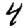
Digit: 4